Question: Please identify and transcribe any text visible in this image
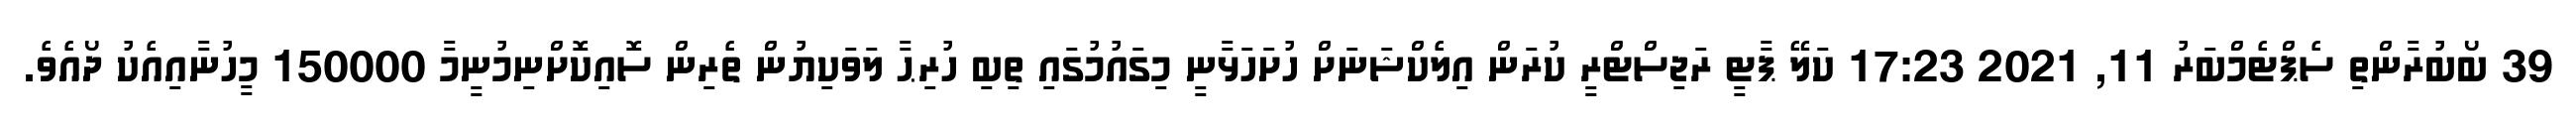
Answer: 39 ބޯބުރާންތި ސެޕްޓެމްބަރު 11, 2021 17:23 ކަލޭ ޕާޓީ ރަޖިސްޓްރީ ކުރަން އިލެކްޝަނަށް ހުށަހަޅާނީ މިގައުމުގައި ތިބި ހުރިޙާ ލަވަކިޔުން ތެރިން ސޮއިކޮށްނިމުނީމާ 150000 މީހުނާއިއެކު ދޯއެވެ.